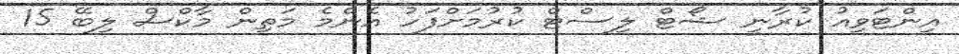
އިންޓަވިއު ކުރާނީ ޝޯޓް ލިސްޓް ކުރުމަށްފަހު އެންމެ މަތިން މާކްސް ލިބޭ 15